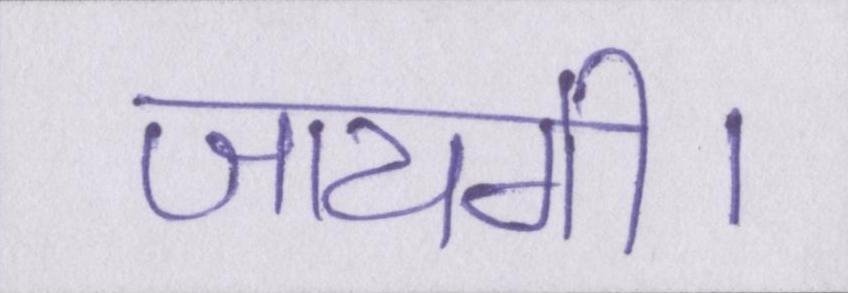
जायगी।